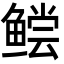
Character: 鲿